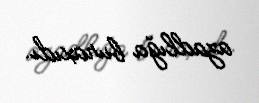
azadlığa buraxıdı.